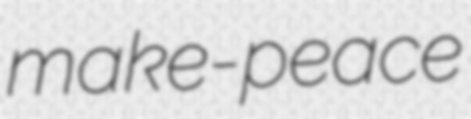
make-peace